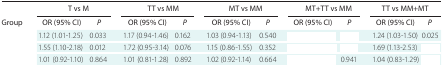
<table><thead><tr><td rowspan="2"><b>Group</b></td><td colspan="2"><b>T vs M</b></td><td colspan="2"><b>TT vs MM</b></td><td colspan="2"><b>MT vs MM</b></td><td colspan="2"><b>MT+TT vs MM</b></td><td colspan="2"><b>TT vs MM+MT</b></td></tr><tr><td><b>OR (95% CI)</b></td><td><b><i>P</i></b></td><td><b>OR (95% CI)</b></td><td><b><i>P</i></b></td><td><b>OR (95% CI)</b></td><td><b><i>P</i></b></td><td><b>OR (95% CI)</b></td><td><b><i>P</i></b></td><td><b>OR (95% CI)</b></td><td><b><i>P</i></b></td></tr></thead><tbody><tr><td>[EMPTY_CELL]</td><td>1.12 (1.01-1.25)</td><td>0.033</td><td>1.17 (0.94-1.46)</td><td>0.162</td><td>1.03 (0.94-1.13)</td><td>0.540</td><td>[EMPTY_CELL]</td><td>[EMPTY_CELL]</td><td>1.24 (1.03-1.50)</td><td>0.025</td></tr><tr><td>[EMPTY_CELL]</td><td>1.55 (1.10-2.18)</td><td>0.012</td><td>1.72 (0.95-3.14)</td><td>0.076</td><td>1.15 (0.86-1.55)</td><td>0.352</td><td>[EMPTY_CELL]</td><td>[EMPTY_CELL]</td><td>1.69 (1.13-2.53)</td><td>[EMPTY_CELL]</td></tr><tr><td>[EMPTY_CELL]</td><td>1.01 (0.92-1.10)</td><td>0.864</td><td>1.01 (0.81-1.28)</td><td>0.892</td><td>1.02 (0.92-1.14)</td><td>0.664</td><td>[EMPTY_CELL]</td><td>0.941</td><td>1.04 (0.83-1.29)</td><td>[EMPTY_CELL]</td></tr></tbody></table>